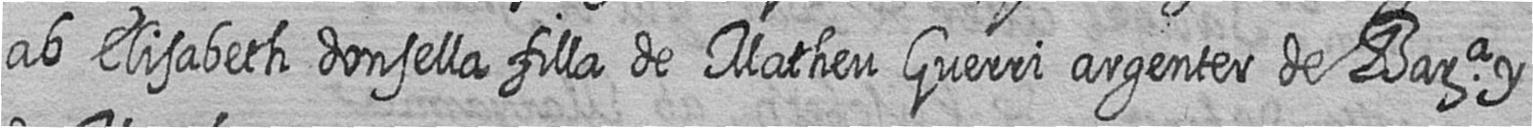
ab Elisabeth donsella filla de Matheu Guerri argenter de Bara y